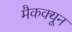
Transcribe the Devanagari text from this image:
मैकक्यून